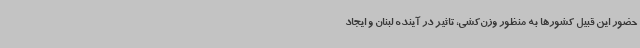
حضور این قبیل کشورها به منظور وزن‌کشی، تاثیر در آینده لبنان و ایجاد